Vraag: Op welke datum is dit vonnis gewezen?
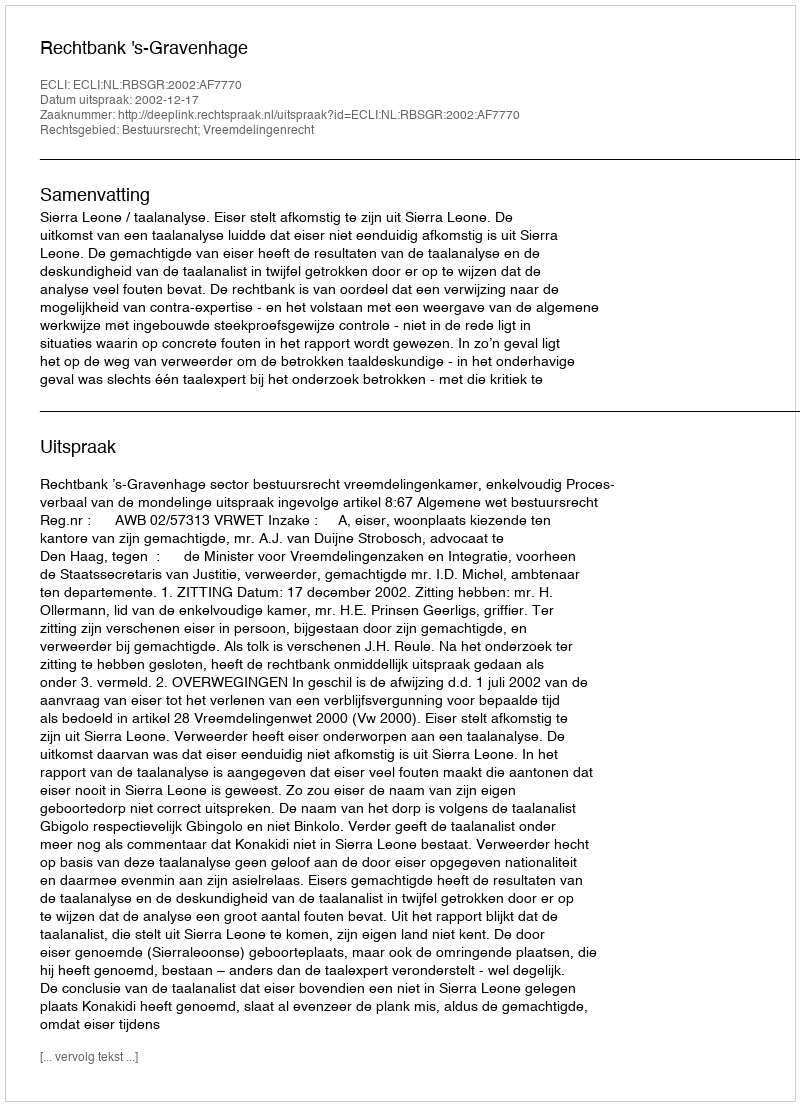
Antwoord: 2002-12-17